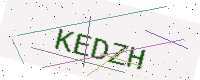
Text: KEDZH